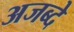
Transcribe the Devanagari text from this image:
अजब्दे